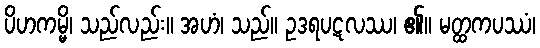
ပိဟကမ္မိ၊ သည်လည်း။ အဟံ၊ သည်။ ဥဒရပဋလဿ၊ ၏။ မတ္ထကပဿံ၊